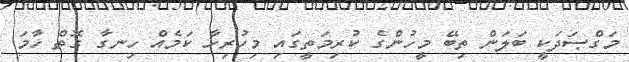
މަގްޞަދަކީ ބަލަން ތިބޭ މީހުންގެ ކުރިމަތީގައި މިހުރިހާ ކަމެއް ހިނގާ ގޮތް ހާމަ